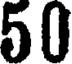
50